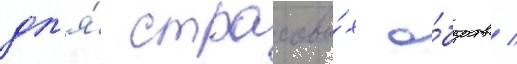
дл'я́ страховы́х о́бществ /